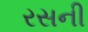
રસની